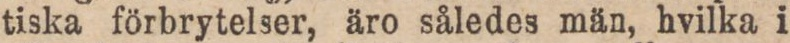
tiska förbrytelser, äro således män, hvilka i